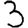
Digit: 3